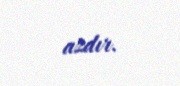
azdır.